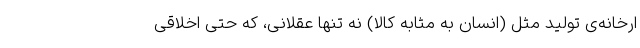
ارخانه‌ی تولید مثل (انسان به مثابه کالا) نه تنها عقلانی، که حتی اخلاقی